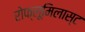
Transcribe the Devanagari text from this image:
रोफ्लूमिलास्ट